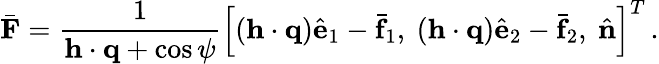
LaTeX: \bar{\mathbf F}=\frac{1}{{\mathbf h}\cdot{\mathbf q}+\cos\psi}\left[({\mathbf h}\cdot{\mathbf q})\hat{\mathbf e}_{1}-\bar{\mathbf f}_{1},\ ({\mathbf h}\cdot{\mathbf q})\hat{\mathbf e}_{2}-\bar{\mathbf f}_{2},\ \hat{\mathbf n}\right]^{T}\, .